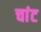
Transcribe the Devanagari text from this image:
चांट